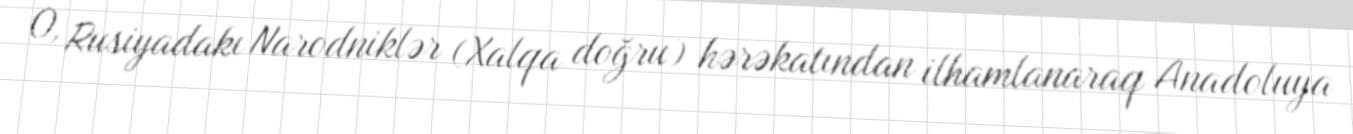
O, Rusiyadakı Narodniklər (Xalqa doğru) hərəkatından ilhamlanaraq Anadoluya